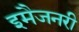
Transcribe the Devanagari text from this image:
इमैजनरी